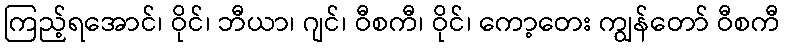
ကြည့်ရအောင်၊ ဝိုင်၊ ဘီယာ၊ ဂျင်၊ ဝီစကီ၊ ဝိုင်၊ ကော့တေး ကျွန်တော် ဝီစကီ